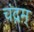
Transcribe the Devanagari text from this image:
चंद्रम्